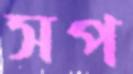
সপ